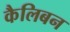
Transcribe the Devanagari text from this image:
कैलिबन